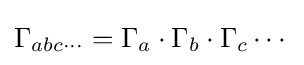
\Gamma _{abc\dotsm }=\Gamma _{a}\cdot \Gamma _{b}\cdot \Gamma _{c}\cdots {}